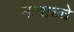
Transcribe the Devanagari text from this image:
नावाच्चे